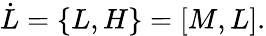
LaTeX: \dot{L}=\{ L,H\} =\lbrack M,L\rbrack.